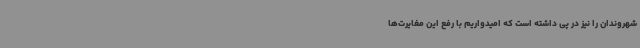
شهروندان را نیز در پی داشته است که امیدواریم با رفع این مغایرت‌ها